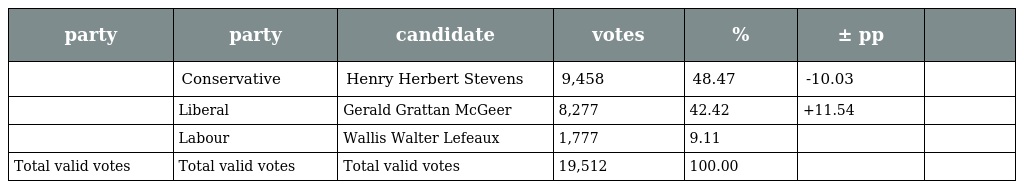
| party | party | candidate | votes | % | ± pp |  |
 | --- | --- | --- | --- | --- | --- | --- |
 |  | Conservative | Henry Herbert Stevens | 9,458 | 48.47 | -10.03 |  |
 |  | Liberal | Gerald Grattan McGeer | 8,277 | 42.42 | +11.54 |  |
 |  | Labour | Wallis Walter Lefeaux | 1,777 | 9.11 |  |  |
 | Total valid votes | Total valid votes | Total valid votes | 19,512 | 100.00 |  |  |